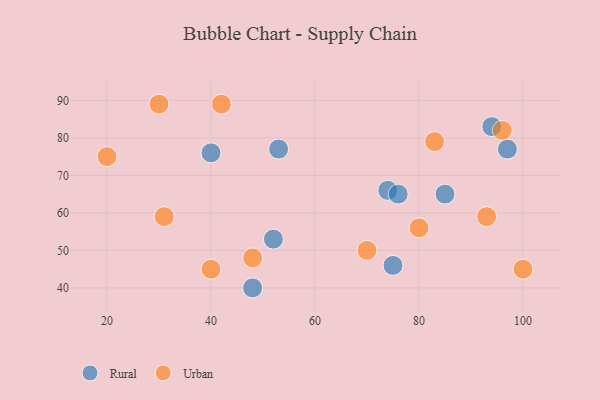
{"axis": {"x": "GDP", "y": "Life Expectancy"}, "legend": ["Rural", "Urban"], "data": [{"x": "94", "y": 83, "type": "Rural"}, {"x": "74", "y": 66, "type": "Rural"}, {"x": "40", "y": 76, "type": "Rural"}, {"x": "48", "y": 40, "type": "Rural"}, {"x": "85", "y": 65, "type": "Rural"}, {"x": "52", "y": 53, "type": "Rural"}, {"x": "75", "y": 46, "type": "Rural"}, {"x": "76", "y": 65, "type": "Rural"}, {"x": "97", "y": 77, "type": "Rural"}, {"x": "53", "y": 77, "type": "Rural"}, {"x": "20", "y": 75, "type": "Urban"}, {"x": "70", "y": 50, "type": "Urban"}, {"x": "80", "y": 56, "type": "Urban"}, {"x": "100", "y": 45, "type": "Urban"}, {"x": "93", "y": 59, "type": "Urban"}, {"x": "83", "y": 79, "type": "Urban"}, {"x": "48", "y": 48, "type": "Urban"}, {"x": "31", "y": 59, "type": "Urban"}, {"x": "30", "y": 89, "type": "Urban"}, {"x": "42", "y": 89, "type": "Urban"}, {"x": "96", "y": 82, "type": "Urban"}, {"x": "40", "y": 45, "type": "Urban"}]}